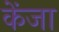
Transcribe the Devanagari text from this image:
केंजा